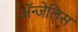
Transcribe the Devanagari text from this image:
ॲन्जेलिस